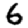
Digit: 6